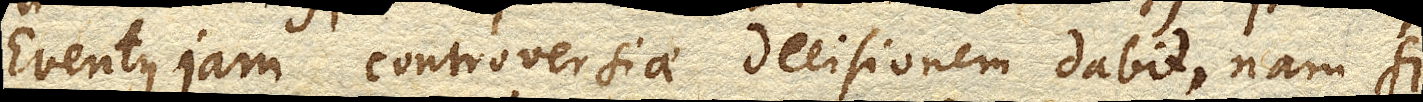
Eventus jam controversiae decisionem dabit, nam si